Civil Veterinary Department. Central Provinces & Berar 1932-41 - 1932-1941
Year: 1932
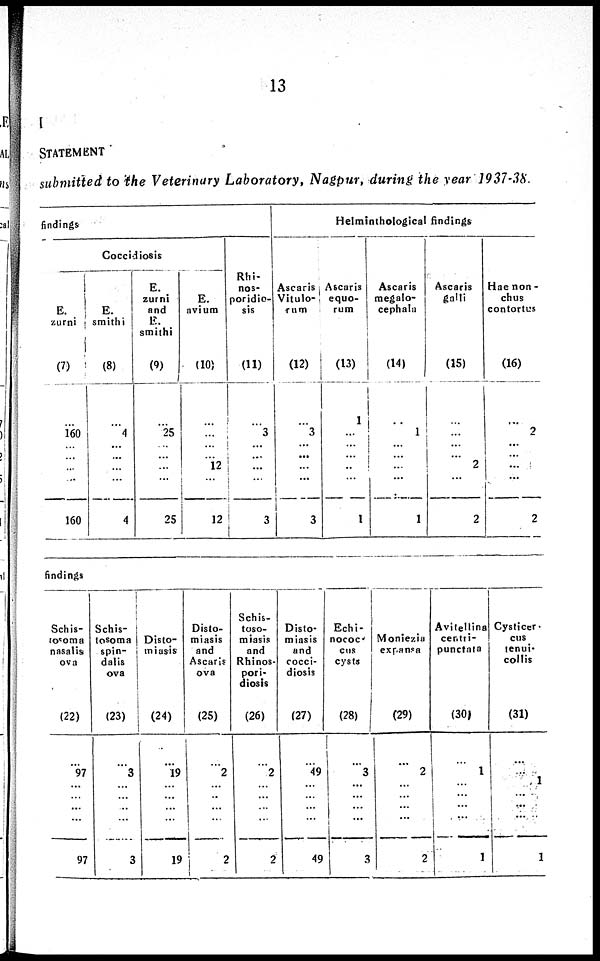
13
I
STATEMENT
submitted to the Veterinary Laboratory, Nagpur, during the year 1937-38.
findings
Coccidiosis
E.
zurni
(7)
...
160
...
...
...
...
160
E.
smithi
(8)
...
4
...
...
...
...
4
E.
zurni
and
E.
smithi
(9)
....
25
...
...
...
...
25
E.
avium
(10)
...
...
...
...
12
...
12
Rhi-
nos-
poridio-
S1S
(11)
...
3
...
...
...
...
3
Helminthological findings
Ascaris
Vitula-
rum
(12)
...
3
...
...
...
...
3
Ascaris
equo-
rum
(13)
1
...
...
...
..
...
1
Ascaris
megalo-
cephala
(14)
...
...
...
...
...
...
1
Ascaris
galli
(15)
...
...
...
...
2
...
2
Hae non-
chus
contortus
(16)
...
2
...
...
...
...
2
findings
Schis-
tosoma
nasalis
ova
(22)
...
97
...
...
...
...
97
Schis-
tosoma
spin-
dalis
ova
(23)
...
3
...
...
...
...
3
Disto-
miasis
(24)
...
19
...
...
...
...
19
Disto-
miasis
and
Ascaris
ova
(25)
...
2
...
..
...
...
2
Schis-
toso-
miasis
and
Rhinos-
pori-
diosis
(26)
...
2
...
...
...
...
2
Disto-
miasis
and
cocci-
diosis
(27)
...
49
...
...
...
...
49
Echi-
nococ-
cus
cysts
(28)
...
3
...
...
...
...
3
Moniezia
expansa
(29)
...
2
...
...
...
...
2
Avitellina
centri-
punctata
(30)
...
1
...
...
...
...
1
Cysticer-
cus
tenuj-
collis
(31)
...
...
1
...
...
...
1